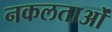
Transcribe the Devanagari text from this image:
नकलताओं